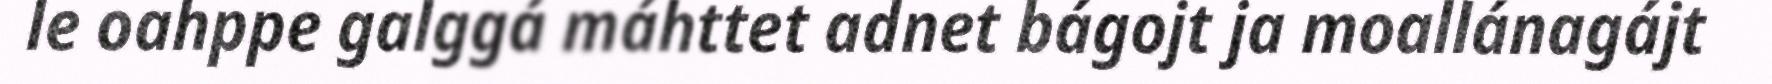
le oahppe galggá máhttet adnet bágojt ja moallánagájt